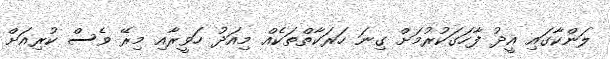
ލަންކާގައި އީދު ފާހަގަކުރުމަށް ގިނަ ހަރަކާތްތަކެއް މިއަދު ހަވީރާއި މިރޭ ވެސް ކުރިއަށް